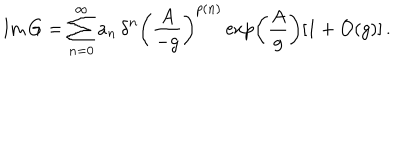
\mathrm { I m } \, G = \sum _ { n = 0 } ^ { \infty } a _ { n } \, { \delta } ^ { n } \left( \frac { A } { - g } \right) ^ { p ( n ) } \exp \left( \frac { A } { g } \right) [ 1 + { \cal O } ( g ) ] \, .